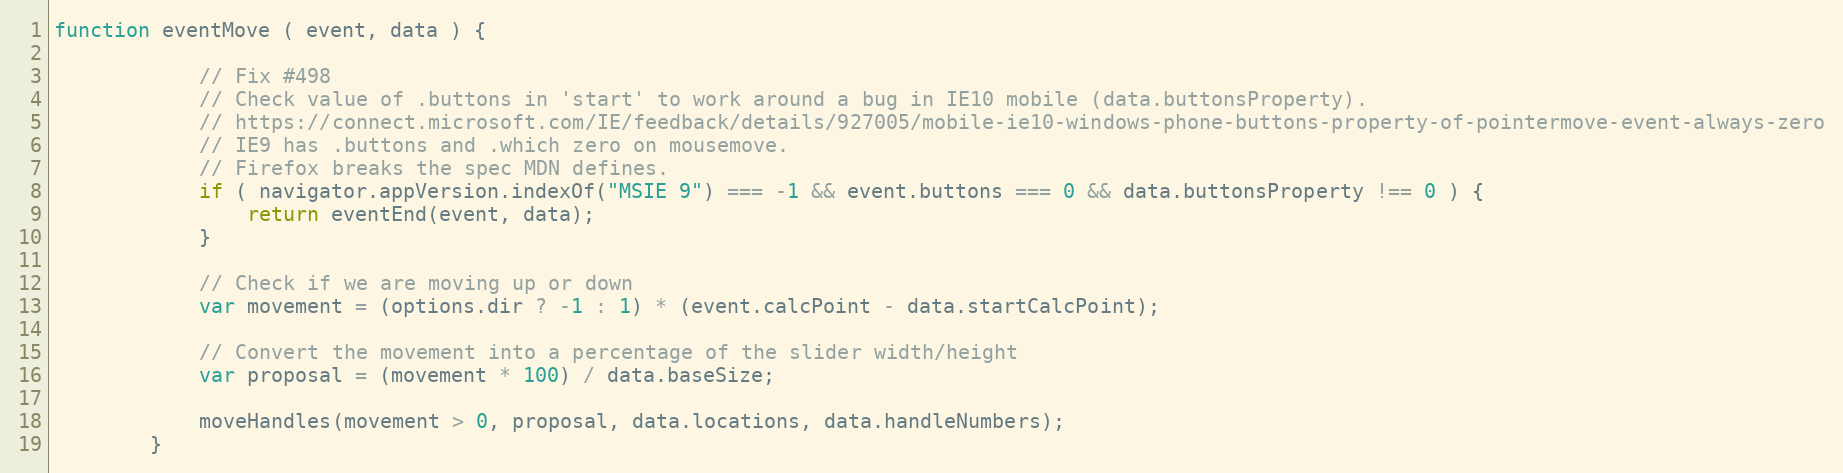
Language: JavaScript
function eventMove ( event, data ) {

            // Fix #498
            // Check value of .buttons in 'start' to work around a bug in IE10 mobile (data.buttonsProperty).
            // https://connect.microsoft.com/IE/feedback/details/927005/mobile-ie10-windows-phone-buttons-property-of-pointermove-event-always-zero
            // IE9 has .buttons and .which zero on mousemove.
            // Firefox breaks the spec MDN defines.
            if ( navigator.appVersion.indexOf("MSIE 9") === -1 && event.buttons === 0 && data.buttonsProperty !== 0 ) {
                return eventEnd(event, data);
            }

            // Check if we are moving up or down
            var movement = (options.dir ? -1 : 1) * (event.calcPoint - data.startCalcPoint);

            // Convert the movement into a percentage of the slider width/height
            var proposal = (movement * 100) / data.baseSize;

            moveHandles(movement > 0, proposal, data.locations, data.handleNumbers);
        }